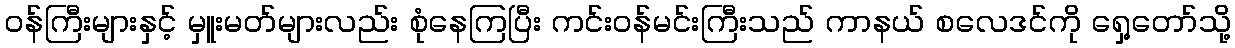
ဝန်ကြီးများနှင့် မှူးမတ်များလည်း စုံနေကြပြီး ကင်းဝန်မင်းကြီးသည် ကာနယ် စလေဒင်ကို ရှေ့တော်သို့